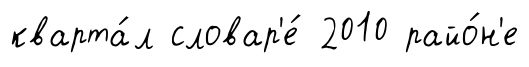
кварта́л словар'е́ 2010 райо́н'е